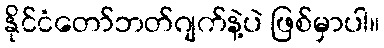
နိုင်ငံတော်ဘတ်ဂျက်နဲ့ပဲ ဖြစ်မှာပါ။